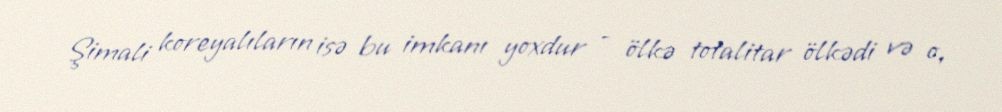
Şimali koreyalıların isə bu imkanı yoxdur - ölkə totalitar ölkədi və o,